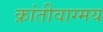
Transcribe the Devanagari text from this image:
क्रांतीवाग्मय